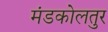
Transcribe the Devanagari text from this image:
मंडकोलतुर